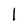
Character: l